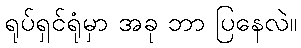
ရုပ်ရှင်ရုံမှာ အခု ဘာ ပြနေလဲ။